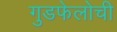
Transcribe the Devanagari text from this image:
गुडफेलोची